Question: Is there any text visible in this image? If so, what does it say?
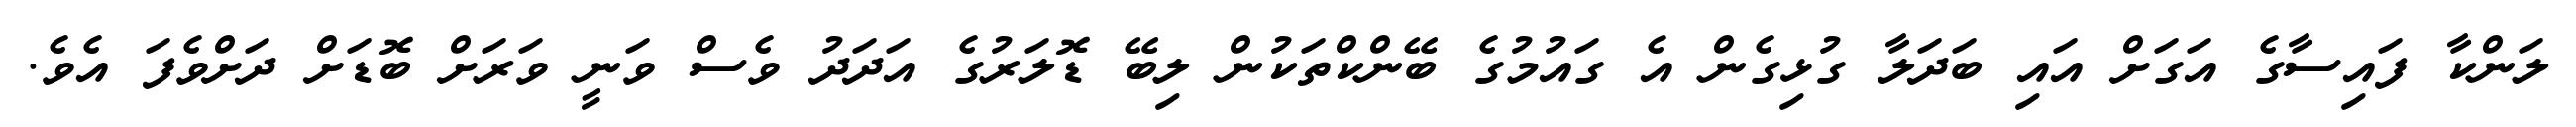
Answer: ލަންކާ ފައިސާގެ އަގަށް އައި ބަދަލާ ގުޅިގެން އެ ގައުމުގެ ބޭންކްތަކުން ލިބޭ ޑޮލަރުގެ އަދަދު ވެސް ވަނީ ވަރަށް ބޮޑަށް ދަށްވެފަ އެވެ.